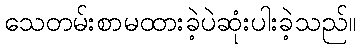
သေတမ်းစာမထားခဲ့ပဲဆုံးပါးခဲ့သည်။